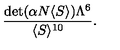
\frac { \mathrm { d e t } ( \alpha N \langle S \rangle ) \Lambda ^ { 6 } } { \langle S \rangle ^ { 1 0 } } .